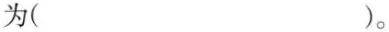
为( )。